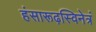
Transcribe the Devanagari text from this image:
हंसारूढ़स्विनेत्रं